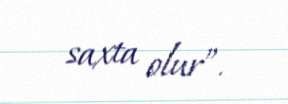
saxta olur”.